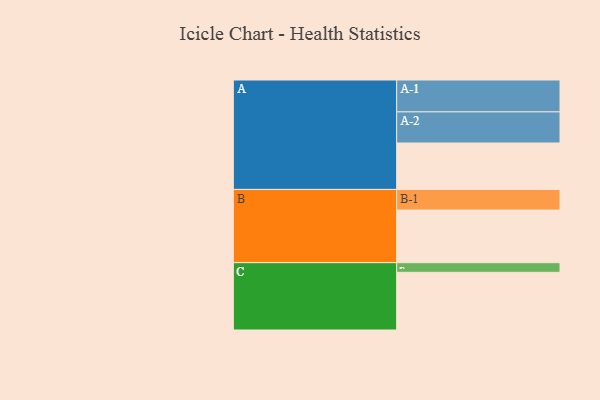
{"axis": {"x": "Segment", "y": "Value"}, "legend": ["", "A", "B", "C"], "data": [{"x": "A", "y": 376, "type": ""}, {"x": "B", "y": 426, "type": ""}, {"x": "C", "y": 467, "type": ""}, {"x": "A-1", "y": 258, "type": "A"}, {"x": "A-2", "y": 252, "type": "A"}, {"x": "B-1", "y": 167, "type": "B"}, {"x": "C-1", "y": 78, "type": "C"}]}